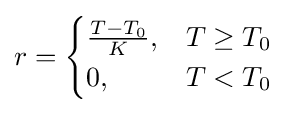
r={\begin{cases}{\frac {T-T_{0}}{K}},&T\geq T_{0}\\0,&T<T_{0}\end{cases}}